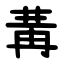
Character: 冓